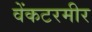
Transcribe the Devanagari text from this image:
वेंकटरमीर